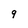
Character: 9